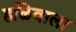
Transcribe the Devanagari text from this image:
हळिवाला